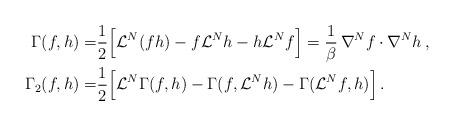
LaTeX: \begin{align*} \Gamma(f,h) =& \frac{1}{2} \Big[\mathcal{L}^N(fh) - f\mathcal{L}^Nh - h\mathcal{L}^Nf\Big] = \frac{1}{\beta}\, \nabla^Nf\cdot\nabla^Nh \,,\\ \Gamma_2(f,h) =& \frac{1}{2} \Big[\mathcal{L}^N\Gamma(f,h) - \Gamma(f,\mathcal{L}^Nh) - \Gamma(\mathcal{L}^Nf, h)\Big]\,. \end{align*}